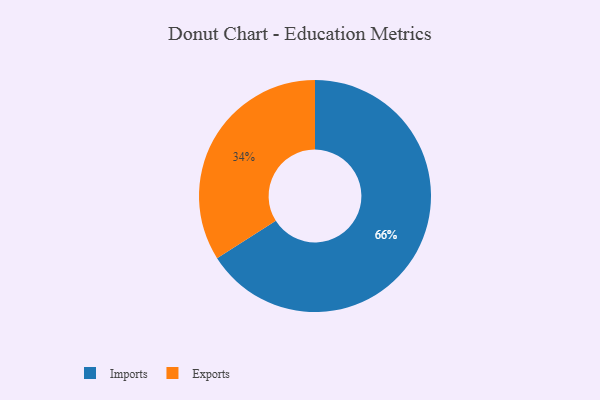
{"axis": {"x": "Category", "y": "Percentage"}, "legend": ["Exports", "Imports"], "data": [{"x": "Imports", "y": 66, "type": "Imports"}, {"x": "Exports", "y": 34, "type": "Exports"}]}